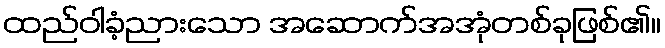
ထည်ဝါခံ့ညားသော အဆောက်အအုံတစ်ခုဖြစ်၏။